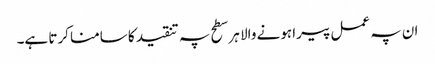
ان پہ عمل پیرا ہونے والا ہر سطح پہ تنقید کا سامنا کرتا ہے۔